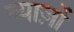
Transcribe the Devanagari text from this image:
ब्याज़ों